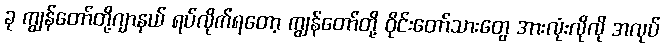
ခု ကျွန်တော်တို့ဂျာနယ် ရပ်လိုက်ရတော့ ကျွန်တော်တို့ ဝိုင်းတော်သားတွေ အားလုံးလိုလို အလုပ်